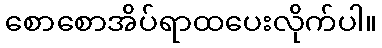
စောစောအိပ်ရာထပေးလိုက်ပါ။